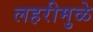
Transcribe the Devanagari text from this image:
लहरीमुळे